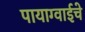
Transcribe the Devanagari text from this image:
पायाग्वाईचे